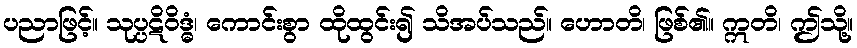
ပညာဖြင့်။ သုပ္ပဋိဝိဒ္ဓံ၊ ကောင်းစွာ ထိုထွင်း၍ သိအပ်သည်။ ဟောတိ၊ ဖြစ်၏။ ဣတိ၊ ဤသို့။